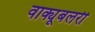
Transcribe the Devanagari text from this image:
वाक्यूबलरी